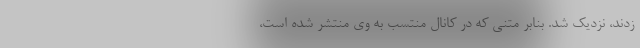
زدند، نزدیک شد. بنابر متنی که در کانال منتسب به وی منتشر شده است،